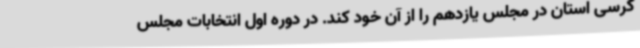
کرسی استان در مجلس یازدهم را از آن خود کند. در دوره اول انتخابات مجلس